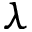
\lambda